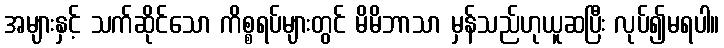
အများနှင့် သက်ဆိုင်သော ကိစ္စရပ်များတွင် မိမိဘာသာ မှန်သည်ဟုယူဆပြီး လုပ်၍မရပါ။